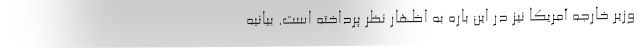
وزیر خارجه آمریکا نیز در این باره به اظهار نظر پرداخته است. بیانیه